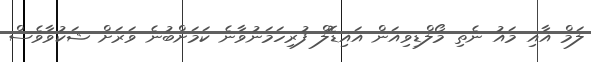
ލަމް އާއި މައު ނެތި މޯލްޑިވިއަން އައިޑޮލް ފުރިހަމަނުވާނެ ކަމަށްބުނެ ވަރަށް ޝަކުވާވެސް